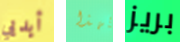
أيديي بهذا بريز